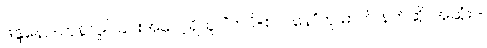
ဖန္ဒနော-တုန်လှုပ်ခြင်းအလေ့ရှိသူ၊ “ကပိ=စလနေ”ဟု ဓာတ် နက်ဆို၊ အဆုံး -ိ